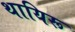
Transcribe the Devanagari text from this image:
थायिरू